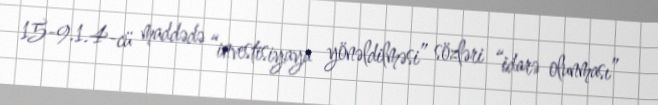
15-9.1.4-cü maddədə “investisiyaya yönəldilməsi” sözləri “idarə olunması”